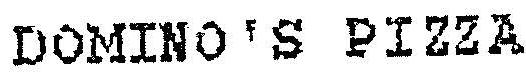
DOMINO'S PIZZA